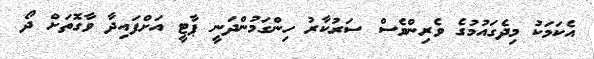
އެކަމަކު މިދެގައުމުގެ ވެރިންވެސް ސަރުކާރު ހިންގަމުންދަނީ ޕާޓީ އަށްފައިދާ ވާގޮތަށް ދޯ